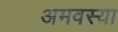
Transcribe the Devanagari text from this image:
अमवस्या